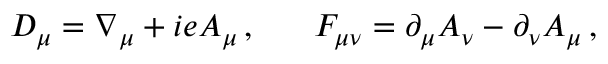
D _ { \mu } = \nabla _ { \mu } + i e A _ { \mu } \, , \, \, \, \, \, \, \, \, \, \, F _ { \mu \nu } = \partial _ { \mu } A _ { \nu } - \partial _ { \nu } A _ { \mu } \, ,